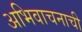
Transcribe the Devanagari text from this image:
अभिवाचनाची